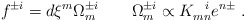
\begin{align*} f^{\pm i} = d\xi^m\Omega_m^{\pm i} \qquad \Omega_m^{\pm i} \propto K^{~~i}_{mn} e^{n \pm}\; .\end{align*}